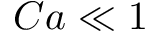
C a \ll 1